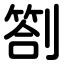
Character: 劄